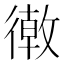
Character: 𢕴